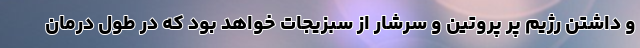
و داشتن رژیم پر پروتین و سرشار از سبزیجات خواهد بود که در طول درمان